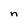
Character: n